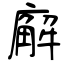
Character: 廨